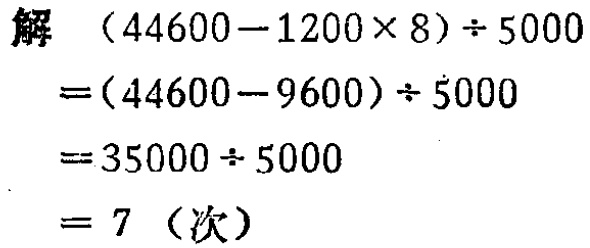
解 \((44600 - 1200\times 8)\div 5000\)
\(=(44600 - 9600)\div 5000\)
\(=35000\div 5000\)
\(= 7\)（次）